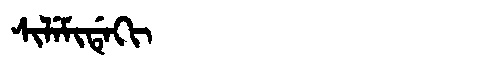
Manchu: ᠰᡳᠯᡝᠮᡳᡩᡝᡴᡳ
Romanization: SILEMIDEKI